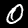
Label: 0